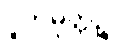
ပူတိမုတ္တဉ္စ